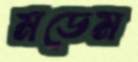
মডেম